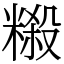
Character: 䊛